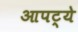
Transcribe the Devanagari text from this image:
आपट्ये